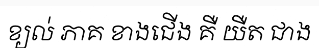
ខ្យល់ ភាគ ខាងជើង គឺ យឺត ជាង